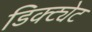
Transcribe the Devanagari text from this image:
डिक्ट्येट